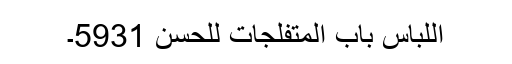
اللباس باب المتفلجات للحسن 5931۔